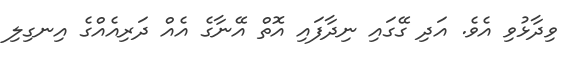
ވިދާޅުވި އެވެ. އަދި ގޭގައި ނިދާފައި އޮތް އޭނާގެ އެއް ދަރިއެއްގެ އިނގިލި